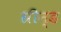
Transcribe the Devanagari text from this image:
ग्रीन्ड